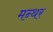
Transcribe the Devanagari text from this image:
मन्थर